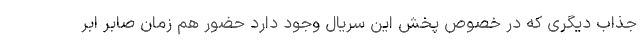
جذاب دیگری که در خصوص پخش این سریال وجود دارد حضور هم زمان صابر ابر